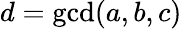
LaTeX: d=\operatorname*{gcd}(a,b,c)